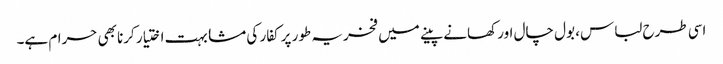
اسی طرح لباس، بول چال اور کھانے پینے میں فخریہ طور پر کفار کی مشابہت اختیار کرنا بھی حرام ہے۔